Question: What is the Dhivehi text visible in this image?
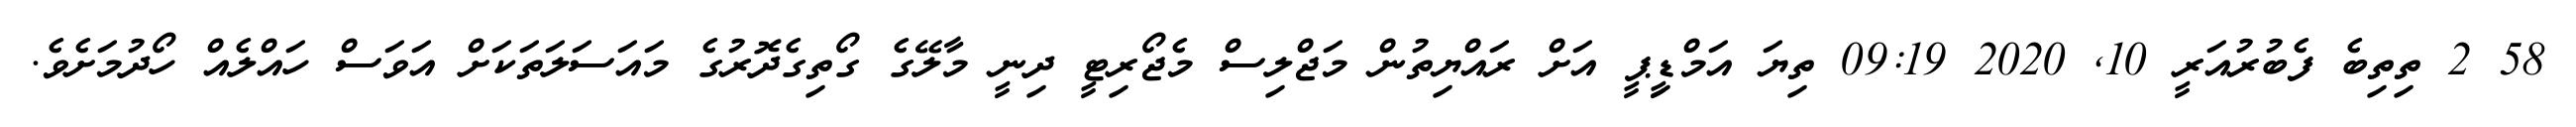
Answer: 58 2 ތިތިބެ ފެބުރުއަރީ 10, 2020 09:19 ތިޔަ އަމްޑިީޕީ އަށް ރައްޔިތުން މަޖްލިސް މެޖޯރިޓީ ދިނީ މާލޭގެ ގޯތިގެދޮރުގެ މައަސަލަތަކަށް އަވަސް ހައްލެއް ހޯދުމަށެވެ.